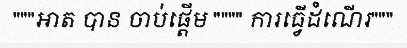
"""អាត បាន ចាប់ផ្តើម """" ការធ្វើដំណើរ"""